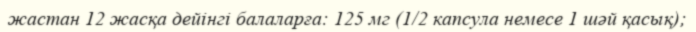
жастан 12 жасқа дейінгі балаларға: 125 мг (1/2 капсула немесе 1 шәй қасық);